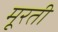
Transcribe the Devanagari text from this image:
मूरती